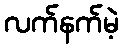
လက်နက်မဲ့